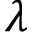
\lambda